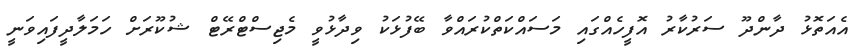
އެއަތޮޅު ދާންދޫ ސަރުކާރު އޮފީހެއްގައި މަސައްކަތްކުރައްވާ ބޭފުޅަކު ވިދާޅުވީ މެޖިސްޓްރޭޓް ޝުކޫރަށް ހަމަލާދީފައިވަނީ